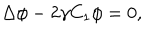
\Delta \phi - 2 \gamma C _ { 1 } \phi = 0 ,